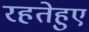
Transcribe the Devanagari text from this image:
रहतेहुए